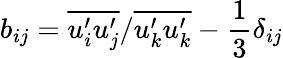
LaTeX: b_{ij}=\overline{{u_{i}^{\prime}u_{j}^{\prime}}}/\overline{{u_{k}^{\prime}u_{k}^{\prime}}}-\frac{1}{3}\delta_{ij}